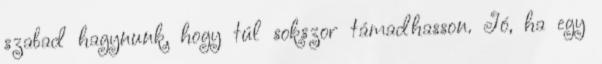
szabad hagynunk, hogy túl sokszor támadhasson. Jó, ha egy